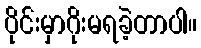
ပိုင်းမှာဂိုးမရခဲ့တာပါ။